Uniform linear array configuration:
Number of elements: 16
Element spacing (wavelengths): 0.5
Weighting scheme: blackman
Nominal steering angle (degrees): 60
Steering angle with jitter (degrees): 60.163
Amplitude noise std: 0.05
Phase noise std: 0.05

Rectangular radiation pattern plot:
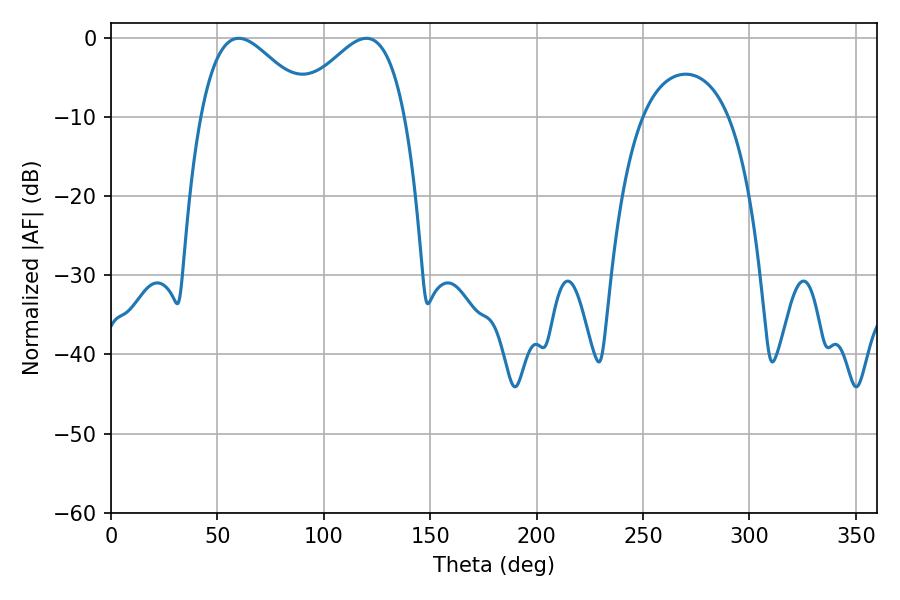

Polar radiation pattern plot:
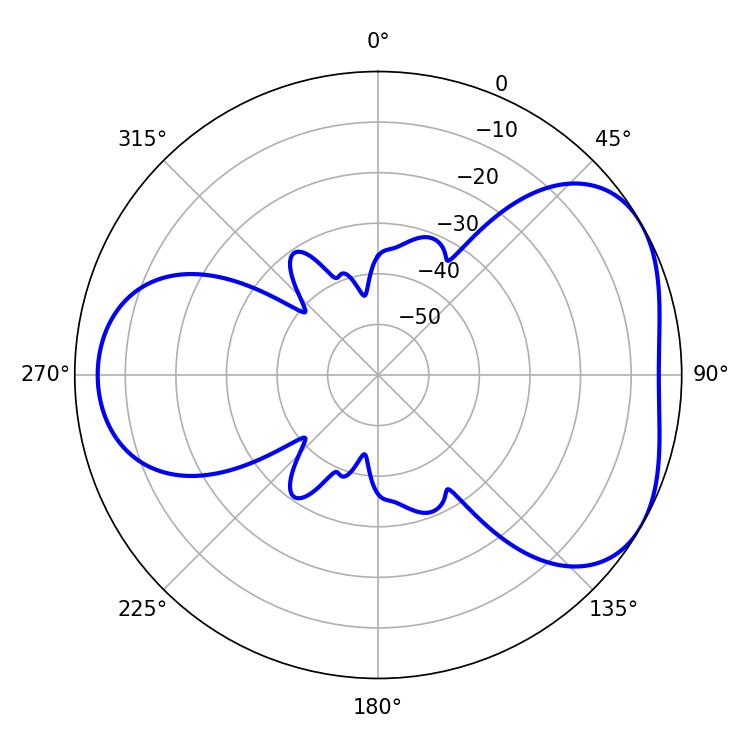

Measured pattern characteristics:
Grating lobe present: FALSE
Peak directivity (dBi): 4.399
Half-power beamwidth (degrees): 27.9
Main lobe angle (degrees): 59.94